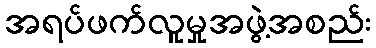
အရပ်ဖက်လူမှုအဖွဲ့အစည်း